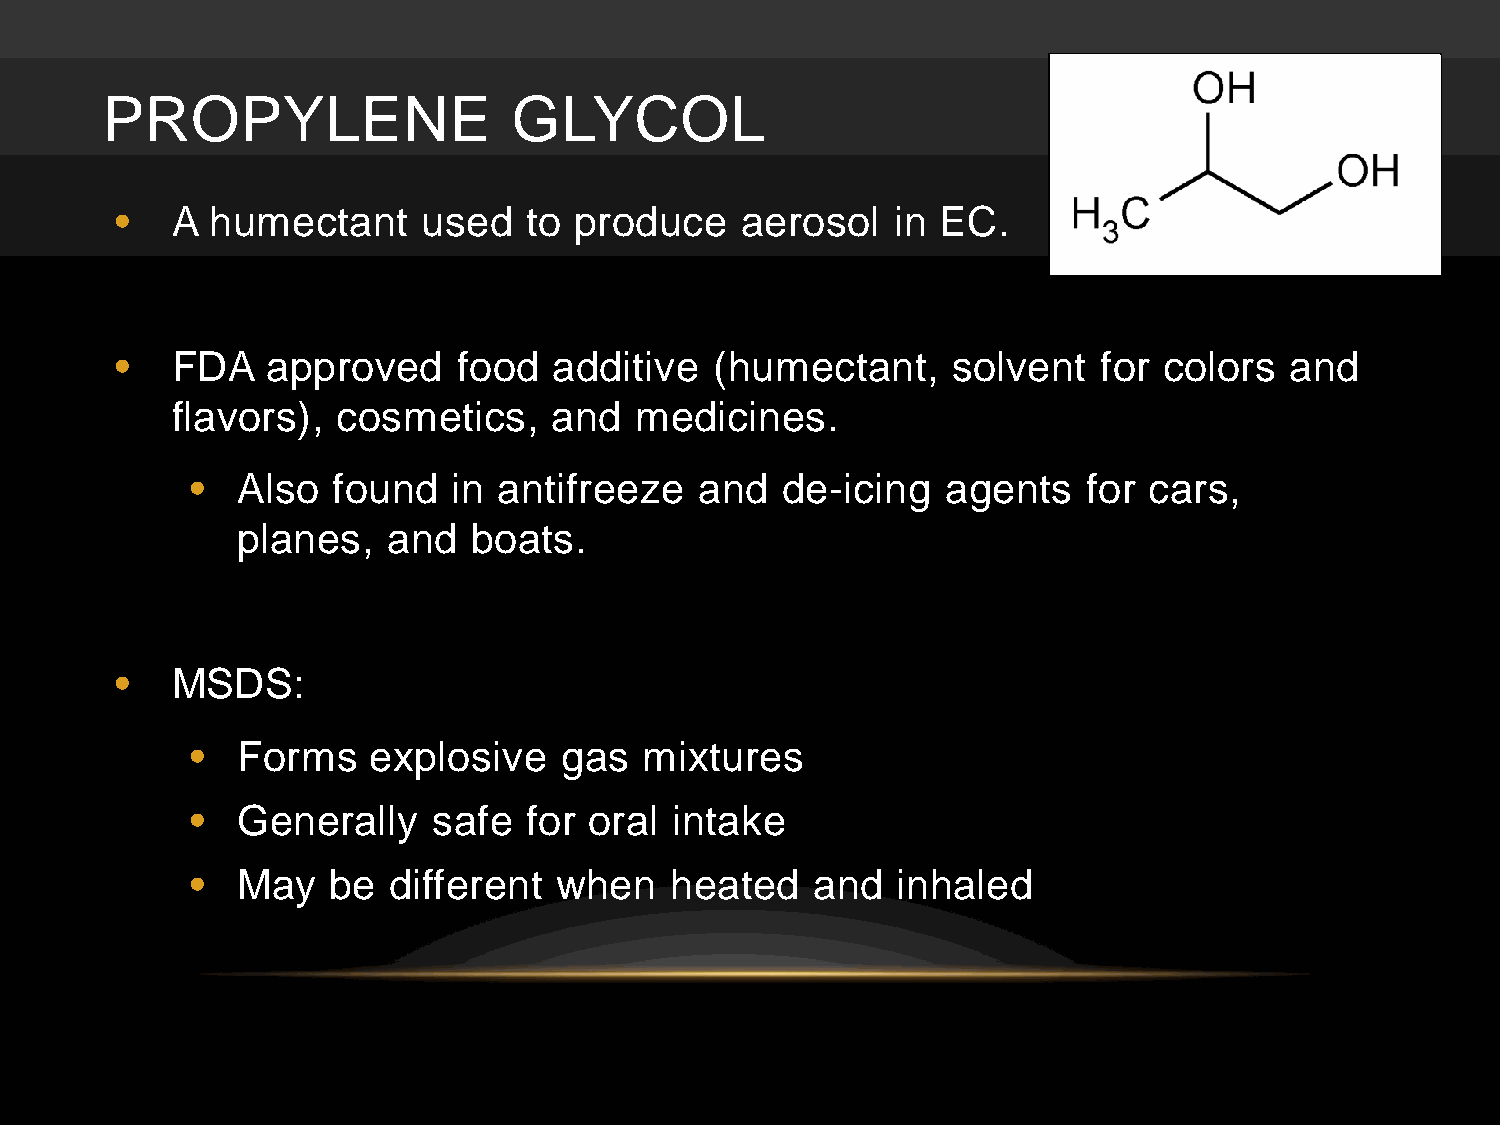
PROPYLENE                  GLYCOL
 •  A  humectant     used   to produce    aerosol   in EC.
 •  FDA    approved    food   additive  (humectant,     solvent   for colors  and
 flavors),  cosmetics,     and  medicines.
 •  Also  found   in antifreeze   and   de-icing   agents   for cars,
 planes,   and  boats.
 •  MSDS:
 •  Forms   explosive    gas   mixtures
 •  Generally    safe  for oral  intake
 •  May   be  different  when   heated    and  inhaled